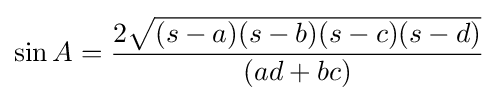
\sin A={\frac {2{\sqrt {(s-a)(s-b)(s-c)(s-d)}}}{(ad+bc)}}